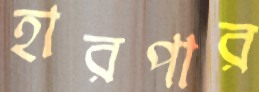
হারপার